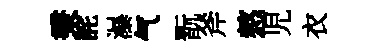
秉詫瀑气翫斧憗児衣